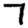
Digit: 7